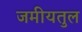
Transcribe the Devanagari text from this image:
जमीयतुल